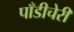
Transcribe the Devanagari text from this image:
पाँडीचेरी